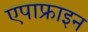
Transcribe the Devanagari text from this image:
एपाफ्राइन